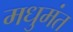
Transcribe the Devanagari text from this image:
मधुमंत